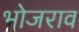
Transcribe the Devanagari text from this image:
भोजराव